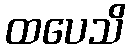
ထပေသိ